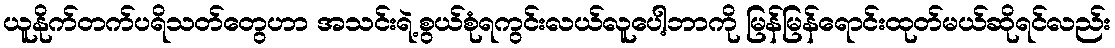
ယူနိုက်တက်ပရိသတ်တွေဟာ အသင်းရဲ့စွယ်စုံရကွင်းလယ်လူပေါ့ဘာကို မြန်မြန်ရောင်းထုတ်မယ်ဆိုရင်လည်း